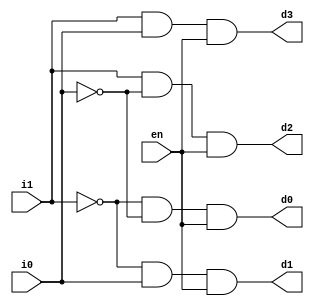
// ---------------------------------------------------------------------
//    Module:     1-bit 2:4 Decoder
//    Contact:    hoser21@up.edu and schedel21@up.edu
// ---------------------------------------------------------------------


`timescale 1ns / 1ns

module decoder2_4 (d3, d2, d1, d0, i1, i0, en);

output d3, d2, d1, d0;
input i1, i0, en;

wire i1_not, i0_not;
wire e0, e1, e2, e3;

not a1(i1_not, i1);
not a2(i0_not, i0);
and a3(e0, i1_not, i0_not);
and a4(e1, i1_not, i0);
and a5(e2, i1, i0_not);
and a6(e3, i1, i0);
and a7(d0, e0, en);
and a8(d1, e1, en);
and a9(d2, e2, en);
and a10(d3, e3, en);

endmodule